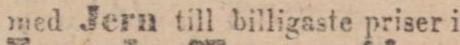
Strykugnar med Jern till billigaste priser i